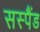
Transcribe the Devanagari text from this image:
सस्पैंड